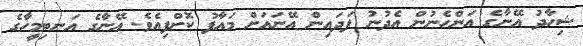
ޝިހާދު އޭނާގެ އަންހެނުން އެދުނު ފަދައިން އޭނައަށް މައާފު ކޮށްފިއެވެ. އޭނާގެ އަނބިމީހާގެ